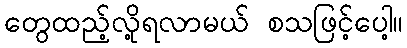
တွေထည့်လို့ရလာမယ် စသဖြင့်ပေါ့။